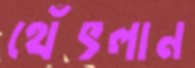
থেঁৎলান